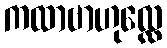
ကထာဗာဟုလ္လေ